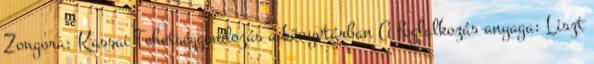
Zongora: Kassai Tehetséggondozás a könyvtárban A foglalkozás anyaga: Liszt